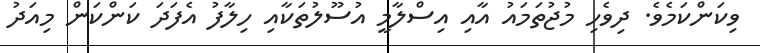
ވިކަންކަމެވެ. ދިވެހި މުޖުތަމައު އާއި އިސްލާމީ އުސޫލުތަކާއި ހިލާފު އެފަދަ ކަންކަން މިއަދު